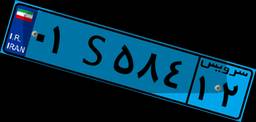
۲۳S۱۵۸۸۵